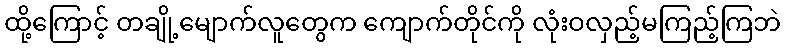
ထို့ကြောင့် တချို့မျောက်လူတွေက ကျောက်တိုင်ကို လုံးဝလှည့်မကြည့်ကြဘဲ